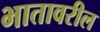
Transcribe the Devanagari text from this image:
भातावरील